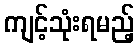
ကျင့်သုံးရမည့်